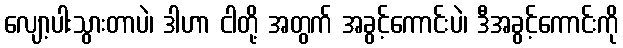
လျော့ပါးသွားတာပဲ၊ ဒါဟာ ငါတို့ အတွက် အခွင့်ကောင်းပဲ၊ ဒီအခွင့်ကောင်းကို